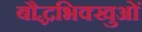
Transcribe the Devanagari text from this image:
बौद्धभिक्खुओं